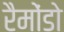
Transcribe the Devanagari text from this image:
रैमोंडो